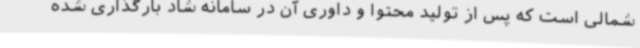
شمالی است که پس از تولید محتوا و داوری آن در سامانه شاد بارگذاری شده